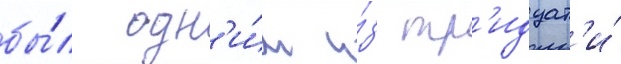
бы́л одн'и́м и́з тр'идцат'и́